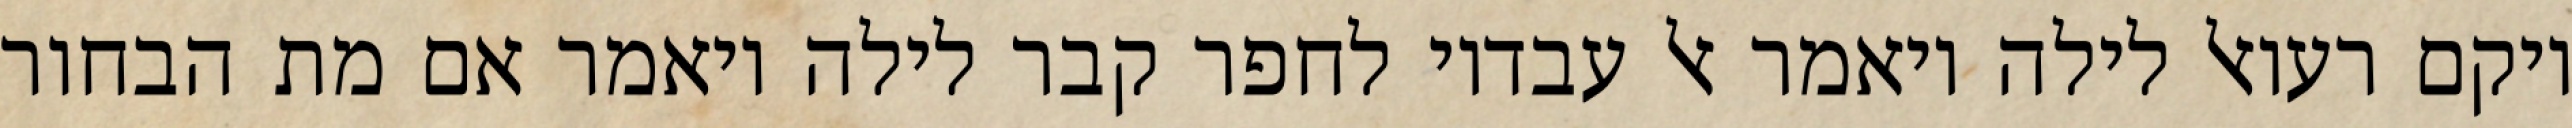
ויקם רעואל לילה ויאמר אל עבדיו לחפר קבר לילה ויאמר אם מת הבחור